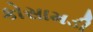
કોસામડી